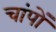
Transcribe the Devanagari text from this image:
चांपों